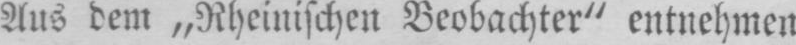
Aus dem „Rheinischen Beobachter“ entnehmen